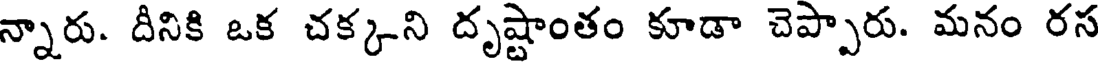
న్నారు. దీనికి ఒక చక్కని దృష్టాంతం కూడా చెప్పారు. మనం రస